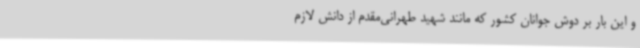
و این بار بر دوش جوانان کشور که مانند شهید طهرانی‌مقدم از دانش لازم